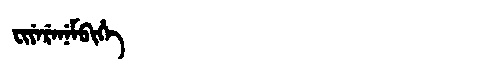
Manchu: ᠸᡳᠶᡝᡵᡝᠨᡝᠮᠪᡳᡥᡝ
Romanization: FIYERENEMBIHE